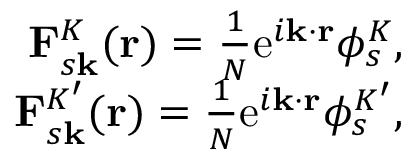
\begin{array} { r } { \mathbf { F } _ { s \mathbf { k } } ^ { K } ( \mathbf { r } ) = \frac { 1 } { N } \mathrm { e } ^ { i \mathbf { k } \cdot \mathbf { r } } \phi _ { s } ^ { K } , } \\ { \mathbf { F } _ { s \mathbf { k } } ^ { K ^ { \prime } } ( \mathbf { r } ) = \frac { 1 } { N } \mathrm { e } ^ { i \mathbf { k } \cdot \mathbf { r } } \phi _ { s } ^ { K ^ { \prime } } , } \end{array}